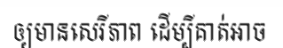
ឲ្យមានសេរីភាព ដើម្បីគាត់អាច